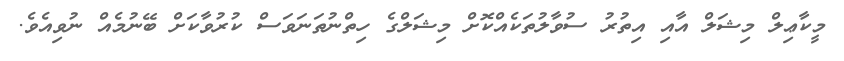
މީކާޢިލް މިޝަލް އާއި އިތުރު ސުވާލުތަކެއްކޮށް މިޝަލްގެ ހިތްނުތަނަވަސް ކުރުވާކަށް ބޭނުމެއް ނުވިއެވެ.